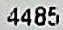
4485